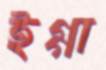
ইগ্গা